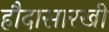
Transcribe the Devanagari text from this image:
हौदासारखी